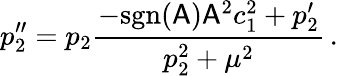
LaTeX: p_{2}^{\prime\prime}=p_{2}\frac{-\mathrm{sgn}(\mathsf{A})\mathsf{A}^{2}c_{1}^{2}+p_{2}^{\prime}}{p_{2}^{2}+\mu^{2}}\, .